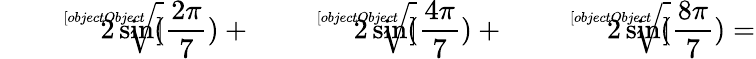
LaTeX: {\sqrt[[objectObject]]{2\sin({\frac{2\pi}{7}})}}+{\sqrt[[objectObject]]{2\sin({\frac{4\pi}{7}})}}+{\sqrt[[objectObject]]{2\sin({\frac{8\pi}{7}})}}=